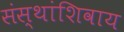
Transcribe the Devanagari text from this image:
संस्थांशिवाय